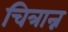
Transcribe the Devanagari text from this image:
चित्रान्न